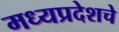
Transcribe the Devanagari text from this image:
मध्यप्रदेशचे